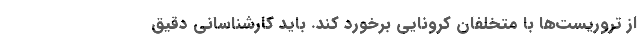
از تروریست‌ها با متخلفان کرونایی برخورد کند. باید کارشناسانی دقیق